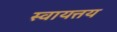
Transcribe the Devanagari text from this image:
स्वायत्तय